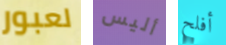
لعبور أليس أفلح